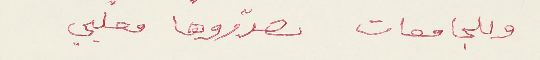
وللجامعات تصدّروها معلبي